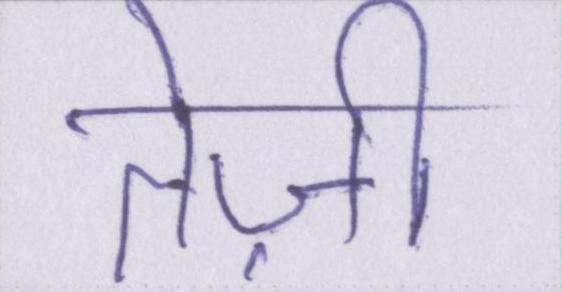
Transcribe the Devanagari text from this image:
तेज़ी